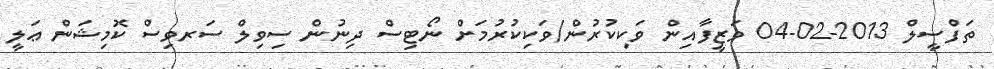
ތަފްސީލް 2013-02-04 ވަޒީފާއިން ވަކިކުރުން/ވަކިކުރުމަށް ނޯޓިސް ދިނުން ސިވިލް ސަރވިސް ކޮމިޝަން ޢަލީ